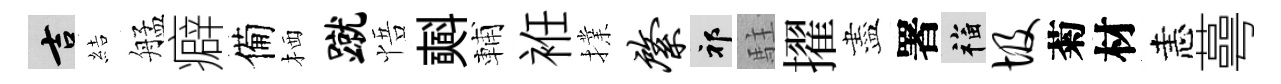
吉結艋癖備栖蹴悟𣂏輔袵擈綮祁駐擢盡署福圾菊材恚蕚